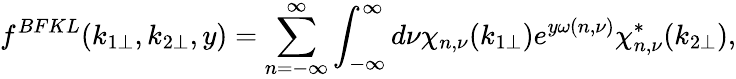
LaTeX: f^{BFKL}(k_{1\perp},k_{2\perp},y)=\sum_{n=-\infty}^{\infty}\int_{-\infty}^{\infty}d\nu\chi_{n,\nu}(k_{1\perp})e^{y\omega(n,\nu)}\chi_{n,\nu}^{*}(k_{2\perp}),